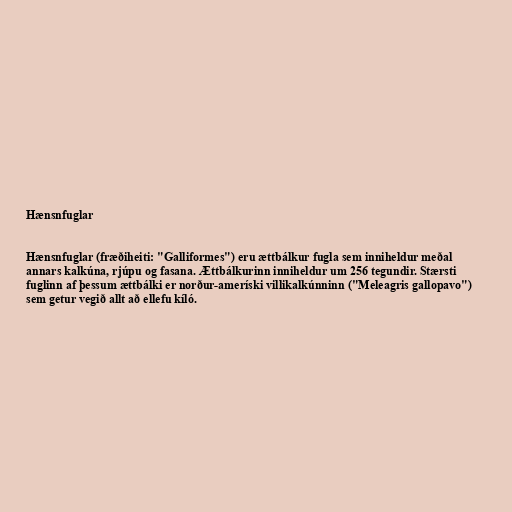
Hænsnfuglar

Hænsnfuglar (fræðiheiti: "Galliformes") eru ættbálkur fugla sem inniheldur meðal
annars kalkúna, rjúpu og fasana. Ættbálkurinn inniheldur um 256 tegundir. Stærsti
fuglinn af þessum ættbálki er norður-ameríski villikalkúnninn ("Meleagris gallopavo")
sem getur vegið allt að ellefu kíló.